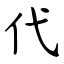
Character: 代